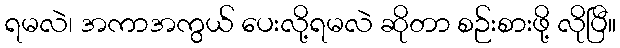
ရမလဲ၊ အကာအကွယ် ပေးလို့ရမလဲ ဆိုတာ စဉ်းစားဖို့ လိုပြီ။